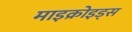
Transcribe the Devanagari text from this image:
माइक्रोइड्स